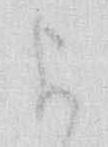
よ